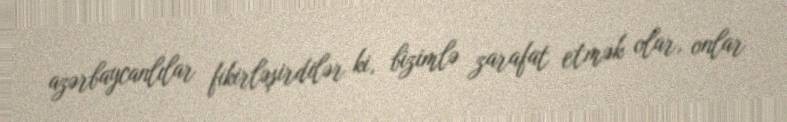
azərbaycanlılar fikirləşirdilər ki, bizimlə zarafat etmək olar, onlar